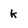
Character: k